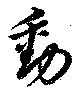
動